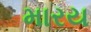
મારય